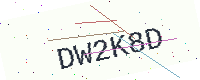
Text: DW2K8D